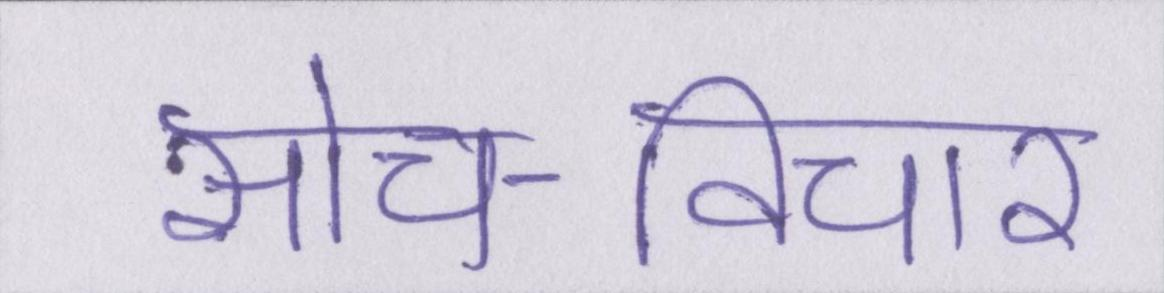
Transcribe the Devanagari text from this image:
सोच-विचार